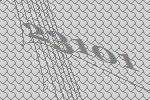
23101